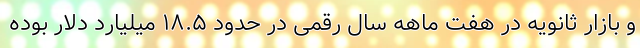
و بازار ثانویه در هفت ماهه سال رقمی در حدود ١٨.۵ میلیارد دلار بوده